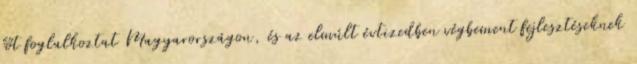
főt foglalkoztat Magyarországon, és az elmúlt évtizedben végbement fejlesztéseknek